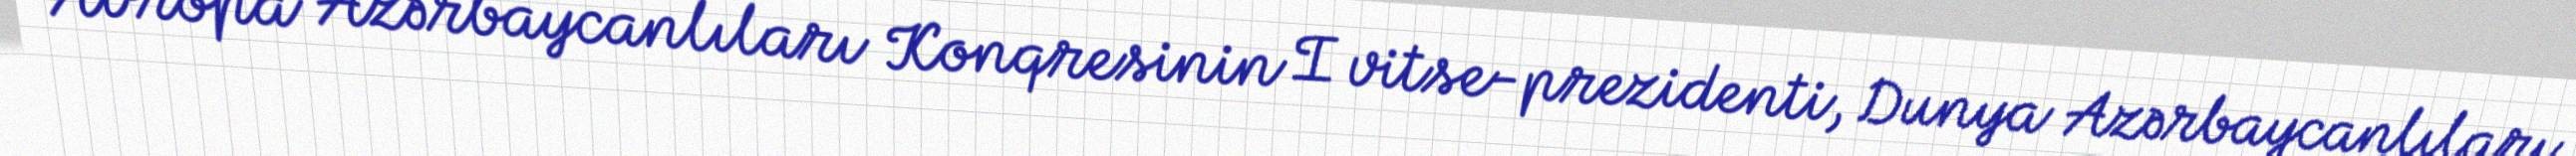
Avropa Azərbaycanlıları Konqresinin I vitse-prezidenti, Dunya Azərbaycanlıları